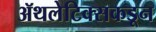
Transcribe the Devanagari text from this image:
ॲथलेटिक्सकडून